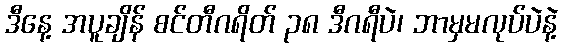
ဒီနေ့ အပူချိန် စင်တီဂရိတ် ၃၈ ဒီဂရီပဲ၊ ဘာမှမလုပ်ပဲနဲ့